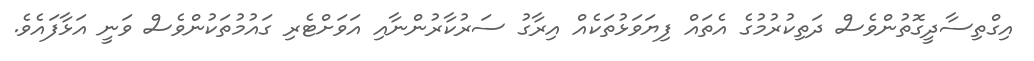
އިގްތިސާދީގޮތުންވެސް ދަތިކުރުމުގެ އެތައް ފިޔަވަޅުތަކެއް އިރާގު ސަރުކާރުންނާއި އަވަށްޓެރި ގައުމުތަކުންވެސް ވަނީ އަޅާފައެވެ.